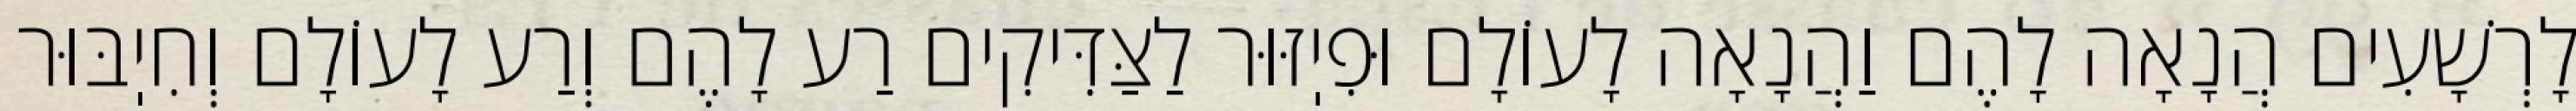
לָרְשָׁעִים הֲנָאָה לָהֶם וַהֲנָאָה לָעוֹלָם וּפִיֽזּוּר לַצַּדִּיקִים רַע לָהֶם וְרַע לָעוֹלָם וְחִיֽבּוּר